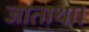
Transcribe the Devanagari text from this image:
जाताथा।